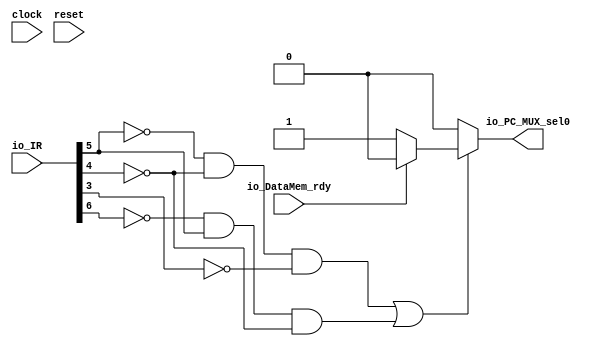
`ifdef RANDOMIZE_GARBAGE_ASSIGN
`define RANDOMIZE
`endif
`ifdef RANDOMIZE_INVALID_ASSIGN
`define RANDOMIZE
`endif
`ifdef RANDOMIZE_REG_INIT
`define RANDOMIZE
`endif
`ifdef RANDOMIZE_MEM_INIT
`define RANDOMIZE
`endif

module PC_Stall_Decode(
  input         clock,
  input         reset,
  input  [31:0] io_IR,
  input         io_DataMem_rdy,
  output        io_PC_MUX_sel0
);
  wire  _T_8;
  wire  _T_10;
  wire  _T_11;
  wire  _T_13;
  wire  _T_14;
  wire  _T_15;
  wire  _T_17;
  wire  Mem_rd;
  wire  _T_18;
  wire  _T_20;
  wire  _T_22;
  wire  Mem_wr_valid;
  wire  _T_40;
  wire  _GEN_1;
  wire  _T_48;
  wire  _GEN_3;
  assign io_PC_MUX_sel0 = _GEN_3;
  assign _T_8 = io_IR[5];
  assign _T_10 = _T_8 == 1'h0;
  assign _T_11 = io_IR[4];
  assign _T_13 = _T_11 == 1'h0;
  assign _T_14 = _T_10 & _T_13;
  assign _T_15 = io_IR[3];
  assign _T_17 = _T_15 == 1'h0;
  assign Mem_rd = _T_14 & _T_17;
  assign _T_18 = io_IR[6];
  assign _T_20 = _T_18 == 1'h0;
  assign _T_22 = _T_20 & _T_8;
  assign Mem_wr_valid = _T_22 & _T_13;
  assign _T_40 = Mem_rd | Mem_wr_valid;
  assign _GEN_1 = io_DataMem_rdy ? 1'h0 : 1'h1;
  assign _T_48 = _T_40 == 1'h0;
  assign _GEN_3 = _T_48 ? 1'h0 : _GEN_1;
endmodule